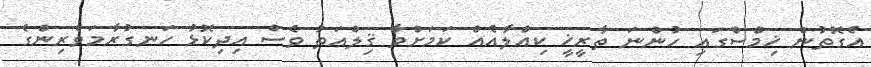
އެގޮތުން ޚިމްސްގައި ހުންނަ ތާރީޚީ ކިއްލާއެއް ކަމަށްވާ ޤިލްޢަތު ވެސް އިދިކޮޅު ހަނގުރާމަވެރިންގެ